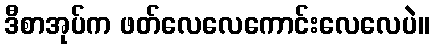
ဒီစာအုပ်က ဖတ်လေလေကောင်းလေလေပဲ။